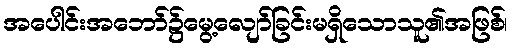
အပေါင်းအဘော်၌မွေ့လျော်ခြင်းမရှိသောသူ၏အဖြစ်၊